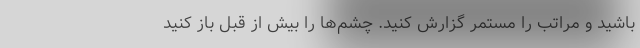
باشید و مراتب را مستمر گزارش کنید. چشم‌‌ها را بیش از قبل باز کنید